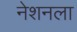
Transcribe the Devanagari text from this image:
नेशनला